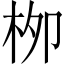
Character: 栁